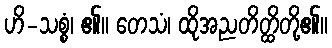
ဟိ-သစ္စံ၊ ၏။ တေသံ၊ ထိုအညတိတ္ထိတို့၏။